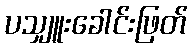
ပသျှူးခေါင်းဖြတ်